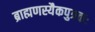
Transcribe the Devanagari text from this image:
ब्राह्मणस्यैकपुत्रकः